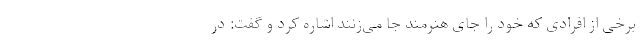
برخی از افرادی که خود را جای هنرمند جا می‌زنند اشاره کرد و گفت: در